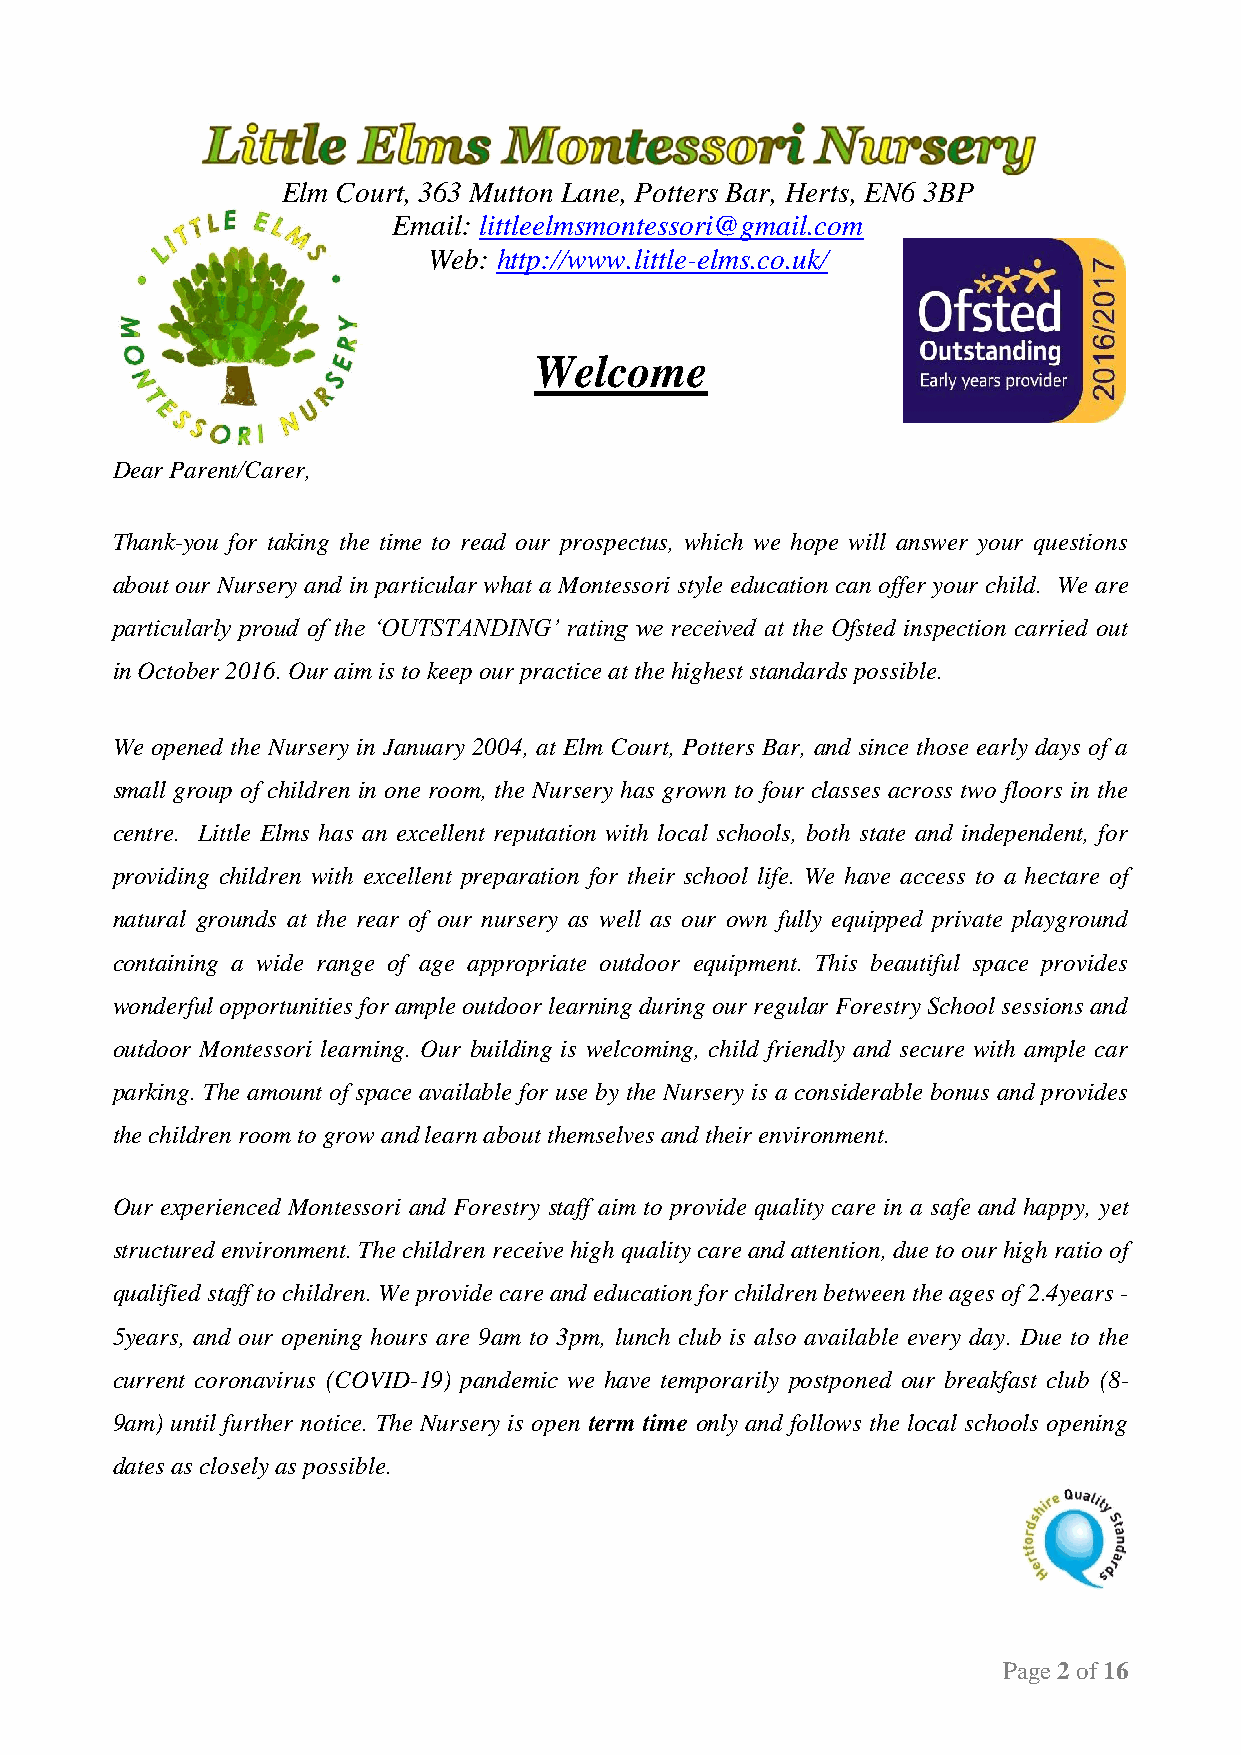
Elm Court, 363 Mutton Lane, Potters Bar, Herts, EN6 3BP
 Email: littleelmsmontessori@gmail.com
 Web: http://www.little-elms.co.uk/
 Welcome
 Dear Parent/Carer,
 Thank-you for taking the time to read our prospectus, which we hope will answer your questions
 about our Nursery and in particular what a Montessori style education can offer your child. We are
 particularly proud of the ‘OUTSTANDING’ rating we received at the Ofsted inspection carried out
 in October 2016. Our aim is to keep our practice at the highest standards possible.
 We opened the Nursery in January 2004, at Elm Court, Potters Bar, and since those early days of a
 small group of children in one room, the Nursery has grown to four classes across two floors in the
 centre. Little Elms has an excellent reputation with local schools, both state and independent, for
 providing children with excellent preparation for their school life. We have access to a hectare of
 natural grounds at the rear of our nursery as well as our own fully equipped private playground
 containing a wide range of age appropriate outdoor equipment. This beautiful space provides
 wonderful opportunities for ample outdoor learning during our regular Forestry School sessions and
 outdoor Montessori learning. Our building is welcoming, child friendly and secure with ample car
 parking. The amount of space available for use by the Nursery is a considerable bonus and provides
 the children room to grow and learn about themselves and their environment.
 Our experienced Montessori and Forestry staff aim to provide quality care in a safe and happy, yet
 structured environment. The children receive high quality care and attention, due to our high ratio of
 qualified staff to children. We provide care and education for children between the ages of 2.4years -
 5years, and our opening hours are 9am to 3pm, lunch club is also available every day. Due to the
 current coronavirus (COVID-19) pandemic we have temporarily postponed our breakfast club (8-
 9am) until further notice. The Nursery is open term time only and follows the local schools opening
 dates as closely as possible.
 Page 2 of 16